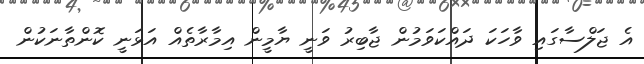
އެ ޖަލްސާގައި ވާހަކަ ދައްކަވަމުން ޖާބިރު ވަނީ ޔާމީން އިމާރާތެއް އަޅަނީ ކޮންތާނަކުން